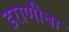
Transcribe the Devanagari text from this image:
इराणीचा